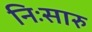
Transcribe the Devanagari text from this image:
निःसारु